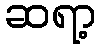
ဆရာ့